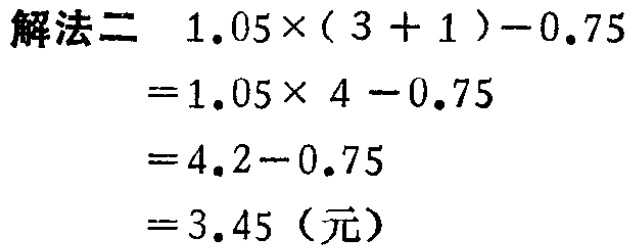
解法二 \(1.05\times(3 + 1)-0.75\)
\(=1.05\times 4 -0.75\)
\(=4.2-0.75\)
\(=3.45\)（元）